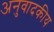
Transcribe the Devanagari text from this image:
अनुवादकीय